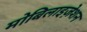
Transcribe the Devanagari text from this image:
मोबिलाइज़ेशन